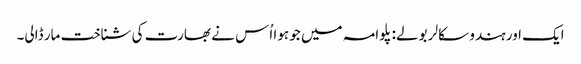
ایک اور ہندو سکالر بولے: پلوامہ میں جو ہوا اُس نے بھارت کی شناخت مار ڈالی۔